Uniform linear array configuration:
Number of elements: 16
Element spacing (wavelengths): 0.75
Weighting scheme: uniform
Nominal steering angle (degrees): -15
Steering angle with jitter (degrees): -15.17
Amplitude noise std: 0.05
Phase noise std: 0.05

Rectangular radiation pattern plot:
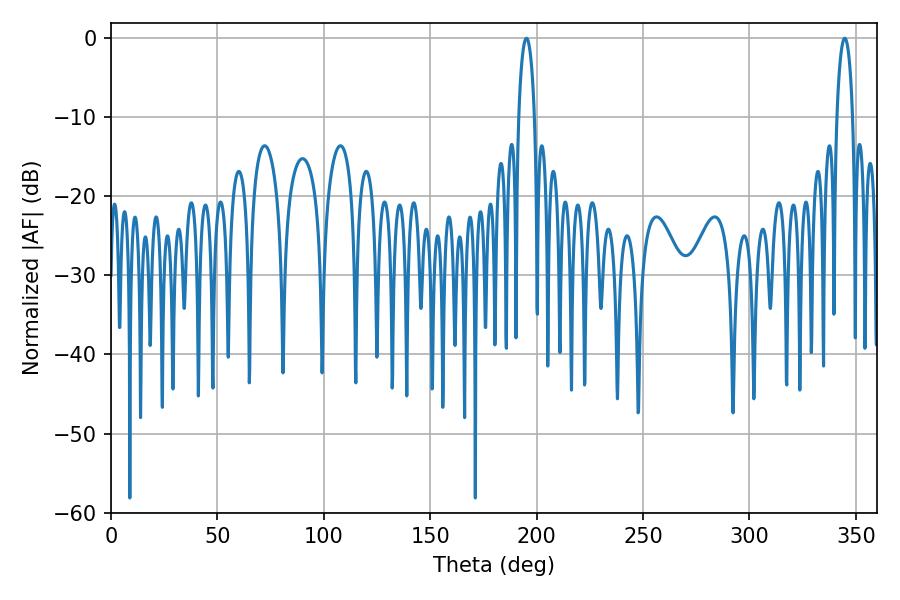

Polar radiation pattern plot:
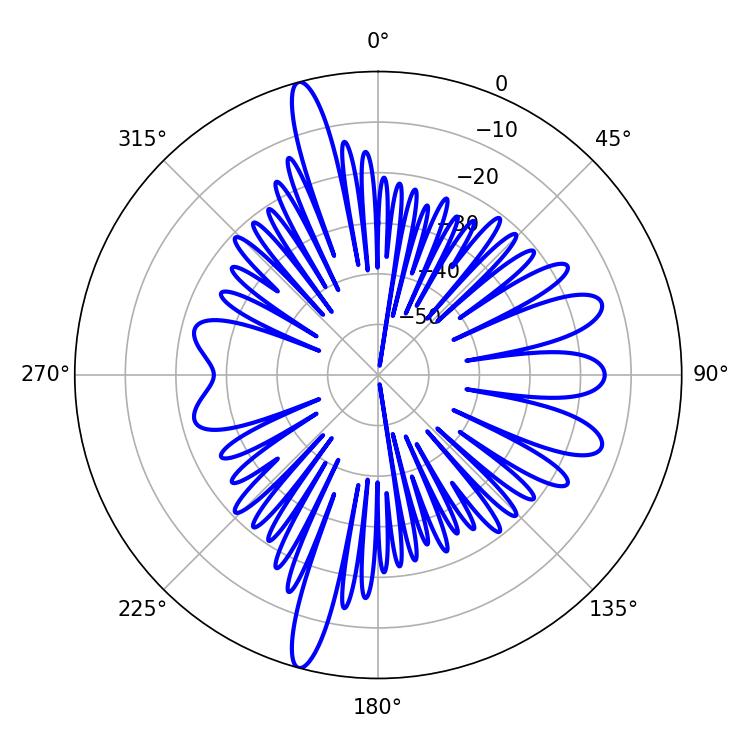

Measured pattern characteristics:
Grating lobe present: TRUE
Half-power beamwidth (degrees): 4.14
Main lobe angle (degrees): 344.7